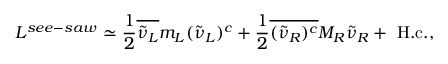
{ \cal L } ^ { s e e - s a w } \simeq { \frac { 1 } { 2 } } \overline { { { { \tilde { \nu } } _ { L } } } } m _ { L } ( { \tilde { \nu } } _ { L } ) ^ { c } + { \frac { 1 } { 2 } } \overline { { { ( { \tilde { \nu } } _ { R } ) ^ { c } } } } M _ { R } { \tilde { \nu } } _ { R } + \mathrm { ~ H . c . } ,